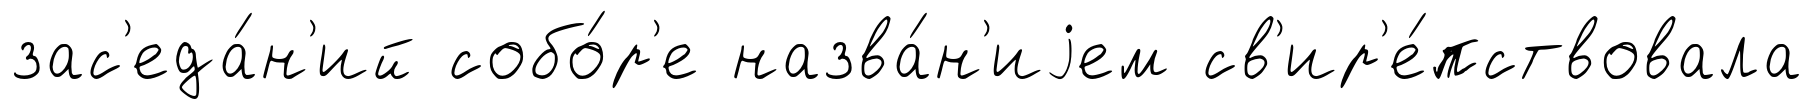
зас'еда́н'ий собо́р'е назва́н'иjем св'ир'е́пствовала